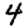
Digit: 4